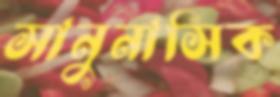
সানুনাসিক